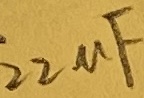
Text: 22µF